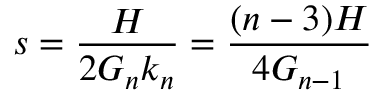
s = \frac { H } { 2 G _ { n } k _ { n } } = \frac { ( n - 3 ) H } { 4 G _ { n - 1 } }